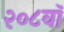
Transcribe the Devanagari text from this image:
२०८वॉ